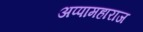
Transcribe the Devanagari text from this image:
अप्पामहाराज